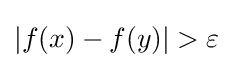
|f(x)-f(y)|>\varepsilon